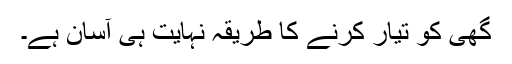
گھی کو تیار کرنے کا طریقہ نہایت ہی آسان ہے۔